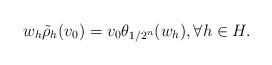
LaTeX: \begin{align*}w_{h}\tilde\rho_{h}(v_{0})=v_{0}\theta_{1/2^{n}}(w_{h}), \forall h\in H.\end{align*}